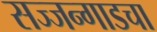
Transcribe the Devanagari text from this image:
सज्जन्गाडचा